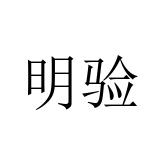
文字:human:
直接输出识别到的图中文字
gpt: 明验